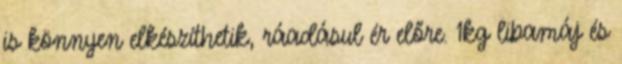
is könnyen elkészíthetik, ráadásul ér előre. 1kg libamáj és